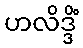
ဟလိဒ္ဒိံ